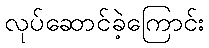
လုပ်ဆောင်ခဲ့ကြောင်း